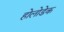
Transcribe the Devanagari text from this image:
होलोडेक